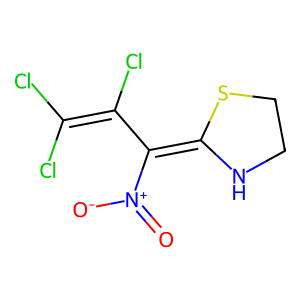
SMILES: O=[N+]([O-])C(=C1NCCS1)C(Cl)=C(Cl)Cl
Inhibits HIV replication: No